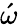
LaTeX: \acute{\omega}